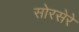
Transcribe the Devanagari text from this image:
सोरसेरे